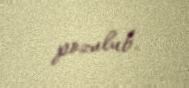
pozulub.